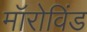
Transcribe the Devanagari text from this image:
मॉरोविंड